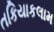
તકિયાકલામ